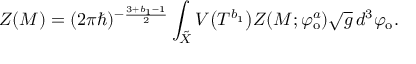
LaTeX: Z ( M ) = ( 2 \pi \hbar ) ^ { - \frac { 3 + b _ { 1 } - 1 } { 2 } } \int _ { \tilde { X } } V \big ( T ^ { b _ { 1 } } \big ) Z ( M ; \varphi _ { \mathrm { o } } ^ { a } ) \sqrt { g } \, d ^ { 3 } \varphi _ { \mathrm { o } } .